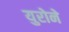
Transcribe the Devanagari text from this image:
युरोने